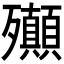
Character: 𣪀